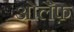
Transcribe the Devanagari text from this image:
ओलैफ़